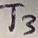
Text: T3